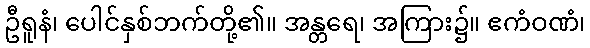
ဦရူနံ၊ ပေါင်နှစ်ဘက်တို့၏။ အန္တရေ၊ အကြား၌။ ဧကံဝဏံ၊